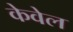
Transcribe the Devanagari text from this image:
केवेल